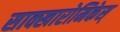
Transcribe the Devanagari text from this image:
साक्खारोमिकेस्